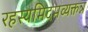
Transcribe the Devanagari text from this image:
रहस्यमिदमव्यक्तन्न